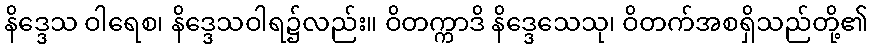
နိဒ္ဒေသ ဝါရေစ၊ နိဒ္ဒေသဝါရ၌လည်း။ ဝိတက္ကာဒိ နိဒ္ဒေသေသု၊ ဝိတက်အစရှိသည်တို့၏